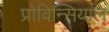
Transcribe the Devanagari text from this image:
प्रोविन्सियाल